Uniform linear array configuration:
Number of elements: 16
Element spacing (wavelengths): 0.75
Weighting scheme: hamming
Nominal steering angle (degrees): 30
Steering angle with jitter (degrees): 28.902
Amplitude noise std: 0.05
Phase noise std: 0.05

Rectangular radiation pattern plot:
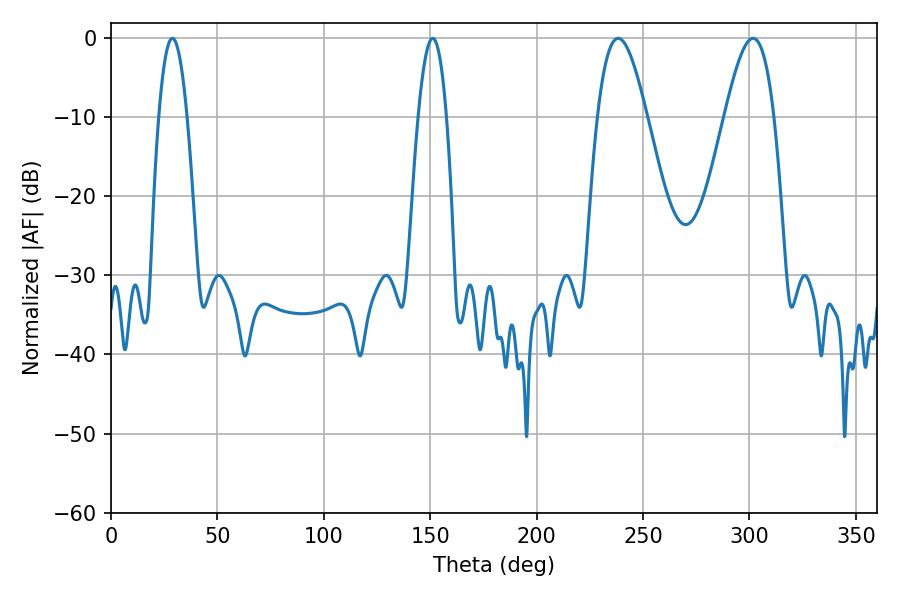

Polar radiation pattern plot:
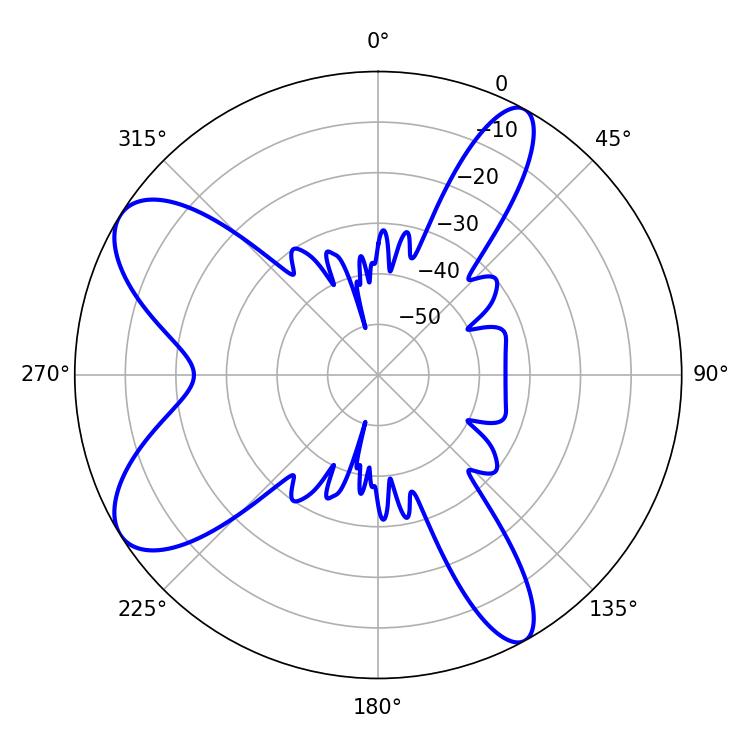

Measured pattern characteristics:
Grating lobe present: TRUE
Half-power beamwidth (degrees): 12.6
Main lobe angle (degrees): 238.32